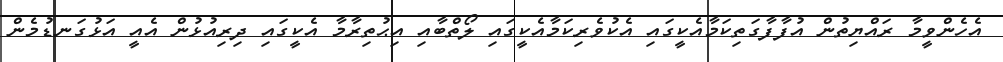
އެހެންވީމާ ރައްޔިތުން އުފާފާގަތިކަމާއެކީގައި އެކުވެރިކަމާއެކީގައި ލޯތްބާއި އިޙުތިރާމާ އެކީގައި ދިރިއުޅުން އެއީ އަޅުގަނޑުމެން